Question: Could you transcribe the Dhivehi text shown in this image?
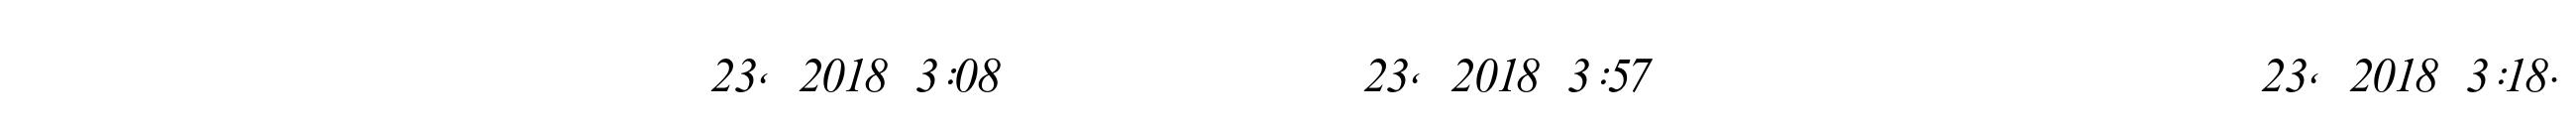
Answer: ??? ???????????? ????????????????? 23, 2018 3:08 ???????????????? 23, 2018 3:57 ?? ???????????? ???????????? 23, 2018 3:18.